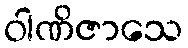
ဝါဏိဇာသေ